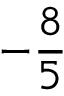
- { \frac { 8 } { 5 } }